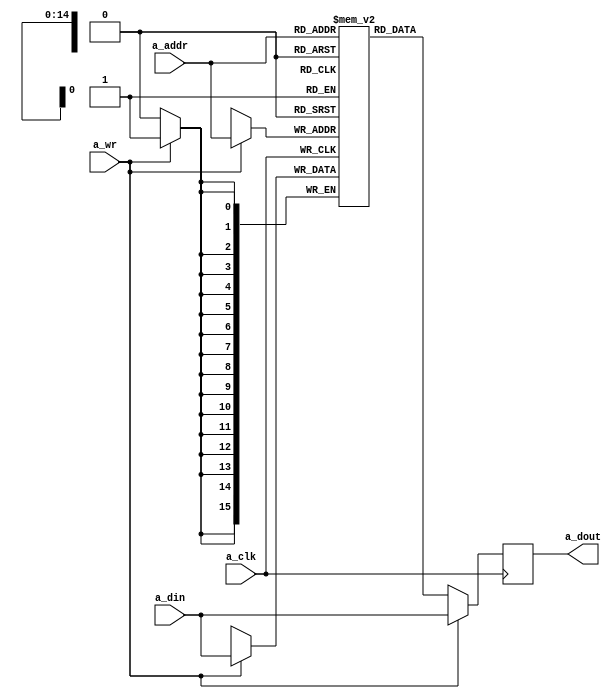
module single_port_ram (
    // Port A
    input   wire                a_clk,
    input   wire                a_wr,
    input   wire    [14:0]  a_addr,
    input   wire    [15:0]  a_din,
    output  reg     [15:0]  a_dout
);

// Shared memory
reg [15:0] mem [(2**15)-1:0];


// Use this only for simulation (it will slow down compilation)
//integer i;
//initial begin
//	for (i=0;i<(2**15)-1;i=i+1)begin
//		mem[i] = 0;
//	end
//end

 
// Port A
always @(posedge a_clk) begin
    a_dout      <= mem[a_addr];
    if(a_wr) begin
        a_dout      <= a_din;
        mem[a_addr] <= a_din;
    end
end
 
endmodule